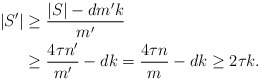
\begin{align*}|S'|&\geq \frac{|S|-dm'k}{m'}\\&\geq \frac{4\tau n'}{m'}-d k= \frac{4\tau n}{m}-d k\geq 2\tau k.\end{align*}